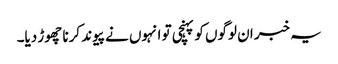
یہ خبر ان لوگوں کو پہنچی تو انہوں نے پیوند کرنا چھوڑ دیا۔